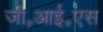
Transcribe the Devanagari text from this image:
जी॰आई॰एस